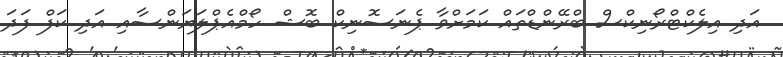
އަދި އިލެކްޓްރޯނިކްސް ބްރޭންޑްތައް ކަމަށްވާ ޕެނަސޮނިކް ބޮޝް ހޯމްއެޕްލަޔަންސާއި އަދި ކަފް ފަދަ